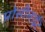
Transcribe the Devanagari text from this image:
प्रोसीलाईट